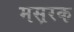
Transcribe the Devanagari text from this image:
मस़रक